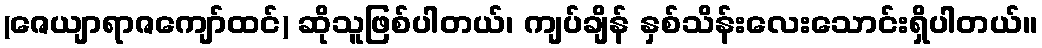
(ဇေယျာရာဇကျော်ထင်) ဆိုသူဖြစ်ပါတယ်၊ ကျပ်ချိန် နှစ်သိန်းလေးသောင်းရှိပါတယ်။